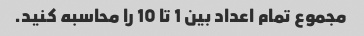
مجموع تمام اعداد بین 1 تا 10 را محاسبه کنید.